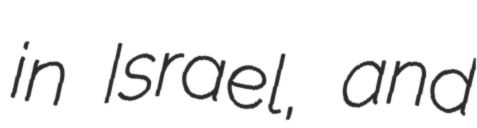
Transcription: in Israel, and